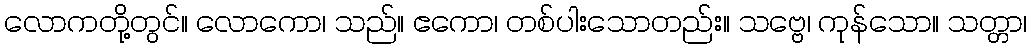
လောကတို့တွင်။ လောကော၊ သည်။ ဧကော၊ တစ်ပါးသောတည်း။ သဗ္ဗေ၊ ကုန်သော။ သတ္တာ၊